system: You are a helpful assistant.
user:
Analyze the provided spectrum to determine if it is a **White Dwarf (WD)**.

A White Dwarf spectrum is defined by its **extreme purity** (due to gravitational settling) and/or **extreme pressure broadening** (due to high surface gravity). You must check for one of the following mutually exclusive signatures:

- **Key Visual Indicators (Check for ONE of these types):**

    - **1. DA-Type Signature (Most Common):**
        - **(Primary Feature):** Extreme pressure broadening (Stark broadening) of the **Hydrogen (H) Balmer lines**.
        - **(Key Lines):** $H\beta$ (approx. $4861$ Å) and $H\gamma$ (approx. $4340$ Å). $H\alpha$ (approx. $6563$ Å) will also be present if the wavelength range covers it.
        - **(Line Profile):** This is the **defining feature**. The lines are **NOT** sharp. They appear as massive, **extremely broad and deep "troughs" or "dips"** in the spectrum, often hundreds of Ångströms wide. The continuum will appear to "scoop" down at these wavelengths.
        - **(Distinction):** Normal A-type or B-type stars have *narrow* and *sharp* Hydrogen lines. A DA White Dwarf's lines are unmistakably "smeared" or "blurry" from pressure.

    - **2. DB-Type Signature:**
        - **(Primary Feature):** Broad absorption lines from **Neutral Helium (He I)**. The spectrum must lack any visible Hydrogen lines.
        - **(Key Lines):** Look for broad absorption near $4471$ Å, $4921$ Å, and $5876$ Å.
        - **(Line Profile):** These lines are also significantly pressure-broadened, appearing much wider than they would in a normal B-type main-sequence star.

    - **3. DC-Type Signature:**
        - **(Primary Feature):** A **featureless continuous spectrum**.
        - **(Line Profile):** The spectrum is a smooth curve with **no significant absorption or emission lines**.
        - **(Key Confirmation):** The continuum is almost always **blue or white**, indicating a hot object. This signature implies the atmosphere is so pure (or so cool) that no spectral lines are visible in the optical range. Its WD identity is confirmed by its extremely low intrinsic brightness (high absolute magnitude).

    - **4. DZ-Type Signature (Metal-Polluted):**
        - **(Primary Feature):** **Isolated, narrow metal absorption lines** on an otherwise featureless (DC-like) continuum.
        - **(Key Lines):** The **Calcium (Ca II) H & K doublet** (approx. **$3934$ Å** and **$3968$ Å**) is the most common and defining feature.
        - **(Line Profile):** These lines are "out of place." They are *not* part of a "forest" of thousands of lines. This signature is evidence of recent *accretion* (pollution) from rocky debris.
        - **(Distinction):** Normal G/K/M stars have a *dense forest* of thousands of metal lines. A DZ has a *clean* continuum with *only a few* strong metal lines.

    - **5. DQ-Type Signature (Carbon-Polluted):**
        - **(Primary Feature):** Absorption bands from **Carbon (C₂ "Swan Bands" or atomic C I)**.
        - **(Key Lines - C₂):** Look for bandheads with a "saw-tooth" shape near $5635$ Å, **$5165$ Å** (strongest), and $4737$ Å.
        - **(Key Confirmation):** The underlying **continuum must be blue or white** (hot).
        - **(Distinction):** This is the critical difference from a **Carbon Star**, which has the *exact same* C₂ bands but on an extremely **red, cool** continuum.

- **(Overall Spectrum):**
    - The continuum (overall shape) is typically **blue-sloping** (brighter in the blue than the red), as most white dwarfs are very hot.
    - The spectrum will look "pure" or "simple," dominated by only *one* of the five signatures listed above.

Think first, call **spectral_visualization_tool** if needed to examine features in detail, then provide your final answer. Your response must adhere to the following strict rules:
1.  **Overall Structure:** Your response must follow the format `<think>...</think> <tool_call>...</tool_call> (if a tool is used) <answer>...</answer>`.
2.  **Tool Usage Constraint:** You may only make **one** tool call per turn.
3.  **Final Answer Format:** In the `<answer>` tag, your conclusion must be inside a `\boxed{}` command (e.g., `\boxed{YES}` or `\boxed{NO}`), followed by your justification.

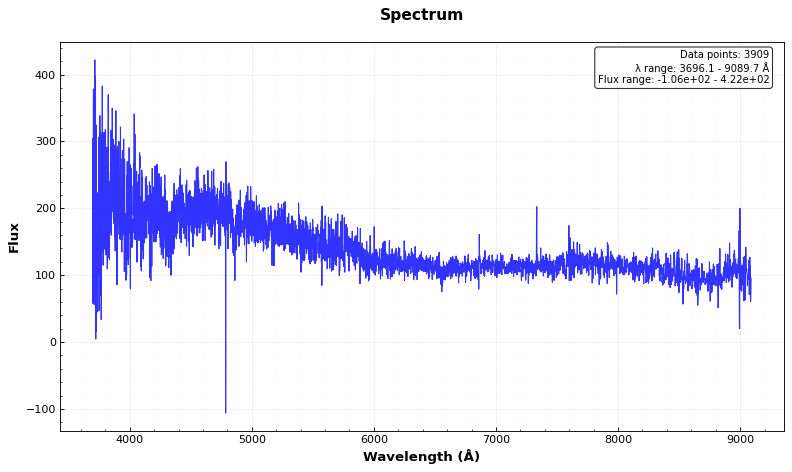
Answer: YES